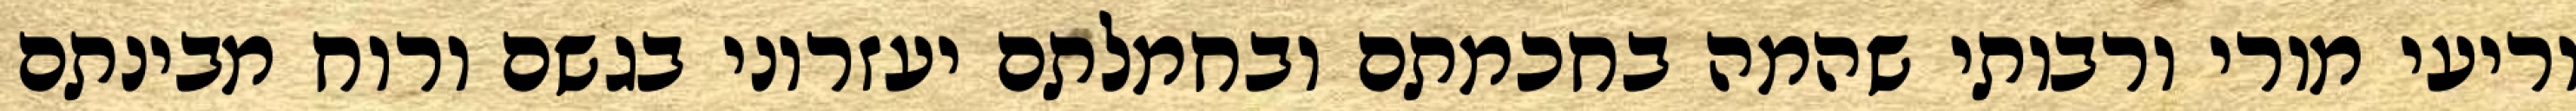
וריעי מורי ורבותי שהמה בחכמתם ובחמלתם יעזרוני בגשם ורוח מבינתם